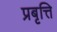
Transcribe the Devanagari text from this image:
प्रबृत्ति